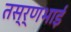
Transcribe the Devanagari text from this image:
तस्र्णभाई